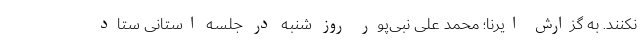
نکنند. به گزارش ایرنا؛ محمد علی نبی‌پور روز شنبه در جلسه استانی ستاد